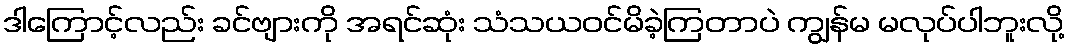
ဒါကြောင့်လည်း ခင်ဗျားကို အရင်ဆုံး သံသယဝင်မိခဲ့ကြတာပဲ ကျွန်မ မလုပ်ပါဘူးလို့